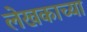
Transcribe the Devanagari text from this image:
लेखकाच्‍या